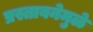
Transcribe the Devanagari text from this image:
प्रस्तावनेमुळे